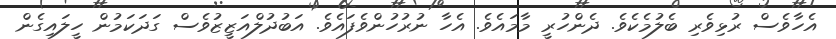
އެހާވެސް ރުޅިވެރި ބެލުމެކެވެ. ދެންހުރީ މާމައެވެ. އެހާ ނުރުހުންވެފައެވެ. އަބުދުލްއަޒީޒުވެސް ގަދަކަމުން ހީލައިގެން